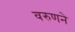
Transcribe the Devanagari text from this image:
वरुणने